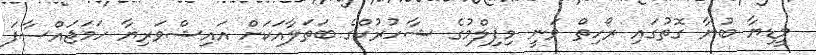
މީޑިޔާ ބުނާ ގޮތުގައި ރޯހިތް ވަނީ މިފިލްމުގެ ޝާހުރުކްގެ ބަތަލާއަކަށް އައިޝްވަރިޔާ ހަމަޖައްސާފަ